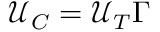
\mathcal { U } _ { C } = \mathcal { U } _ { T } \Gamma